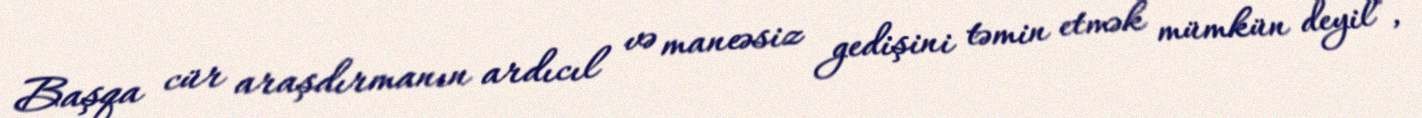
Başqa cür araşdırmanın ardıcıl və maneəsiz gedişini təmin etmək mümkün deyil”,